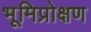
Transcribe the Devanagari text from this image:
भूमिप्रोक्षण